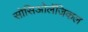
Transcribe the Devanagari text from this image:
सोसिओलॅजिकल